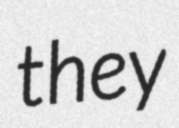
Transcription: they